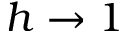
h \to 1